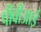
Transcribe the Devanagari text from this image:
पीवीआई